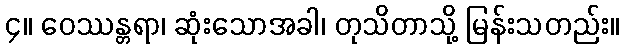
၄။ ဝေဿန္တရာ၊ ဆုံးသောအခါ၊ တုသိတာသို့ မြန်းသတည်း။